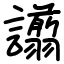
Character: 譾